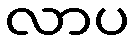
လာပ